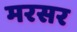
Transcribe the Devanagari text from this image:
मरसर